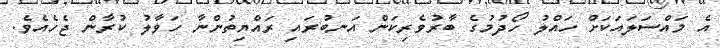
އެ މައްސަލައަކަށް ހައްލު ހޯދުމުގެ ބާރުވެރިކަން އަނބުރައި ރައްޔިތުންނާ ހަވާލު ކުރާން ޖެހެއެވެ.